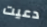
دعيت